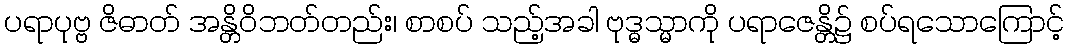
ပရာပုဗ္ဗ ဇိဓာတ် အန္တိဝိဘတ်တည်း၊ စာစပ် သည့်အခါ ဗုဒ္ဓသ္မာကို ပရာဇေန္တိ၌ စပ်ရသောကြောင့်